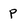
Character: P